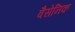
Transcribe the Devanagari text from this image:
वैसेनिक